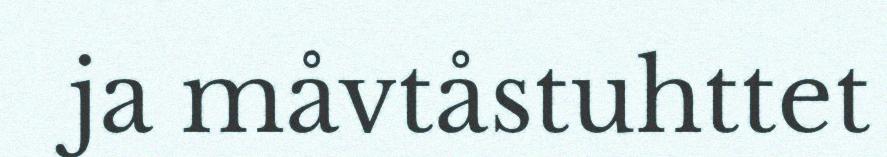
ja måvtåstuhttet